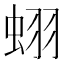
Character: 蛡